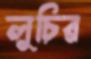
লুচির